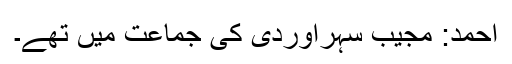
احمد: مجیب سہراوردی کی جماعت میں تھے۔